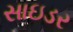
સાઇડર